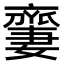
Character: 𠆜